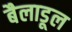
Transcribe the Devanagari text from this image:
बैलाडूल